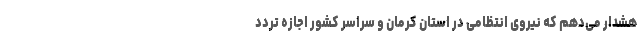
هشدار می‌دهم که نیروی انتظامی در استان کرمان و سراسر کشور اجازه تردد